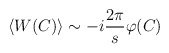
\begin{align*}\langle W(C)\rangle\sim -i\frac{2\pi}{s}\varphi(C)\end{align*}